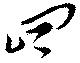
四